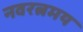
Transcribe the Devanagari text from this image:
नवरत्नमय